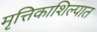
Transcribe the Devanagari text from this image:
मृत्तिकाशिल्पात